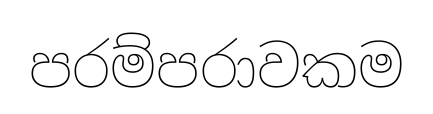
පරම්පරාවකම